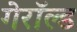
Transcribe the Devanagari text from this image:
गेरॉल्ड